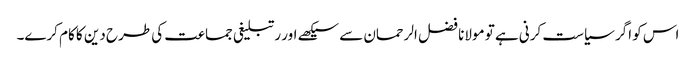
اس کو اگر سیاست کرنی ہے تو مولانا فضل الرحمان سے سیکھے اور رتبلیغی جماعت کی طرح دین کا کام کرے۔